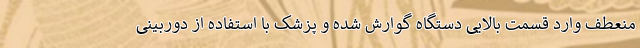
منعطف وارد قسمت بالایی دستگاه گوارش شده و پزشک با استفاده از دوربینی